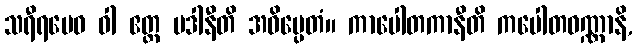
သရီရမေဝ ဝါ ဧတ္ထ ပဒါနီတိ အဓိပ္ပေတံ။ ကာပေါတကာနီတိ ကပေါတဝဏ္ဏာနိ,